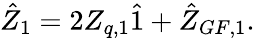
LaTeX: \hat{Z}_{1}=2Z_{q,1}\hat{1}+\hat{Z}_{GF,1}.